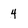
Character: 4